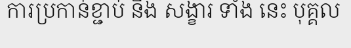
ការប្រកាន់ខ្ជាប់ នឹង សង្ខារ ទាំង នេះ បុគ្គល